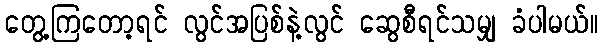
တွေ့ကြတော့ရင် လွင်အပြစ်နဲ့လွင် ဆွေစီရင်သမျှ ခံပါမယ်။